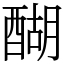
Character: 醐